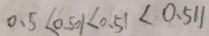
0 . 5 < 0 . 5 0 1 < 0 . 5 1 < 0 . 5 1 1